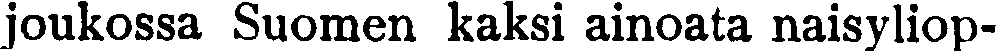
joukossa Suomen kaksi ainoata naisyliop-